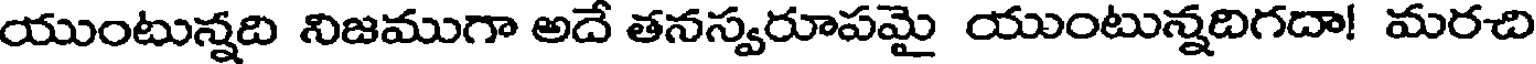
యుంటున్నది నిజముగా అదే తనస్వరూపమై యుంటున్నదిగదా! మరచి